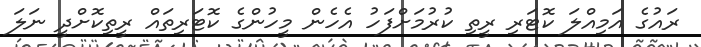
ރައުގެ އަމިއްލަ ކޮޓަރި ރީތި ކުރުމަށްފަހު އެހެން މީހުންގެ ކޮޓަރިތައް ރީތިކޮށްދީ ނަލަ